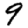
Digit: 9